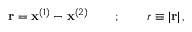
\mathbf { r } = \mathbf { x } ^ { ( 1 ) } - \mathbf { x } ^ { ( 2 ) } \qquad ; \qquad r \equiv | \mathbf { r } | \, ,